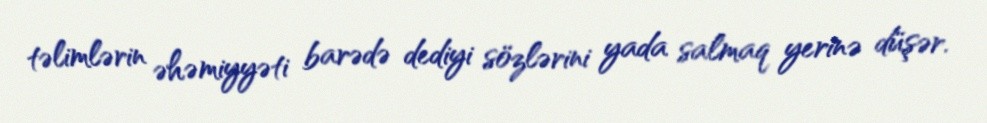
təlimlərin əhəmiyyəti barədə dediyi sözlərini yada salmaq yerinə düşər.